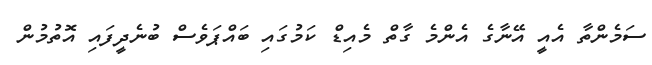
ސަމެންތާ އެއީ އޭނާގެ އެންމެ ގާތް މެއިޑް ކަމުގައި ބައްޕަވެސް ބުނެދީފައި އޮތުމުން